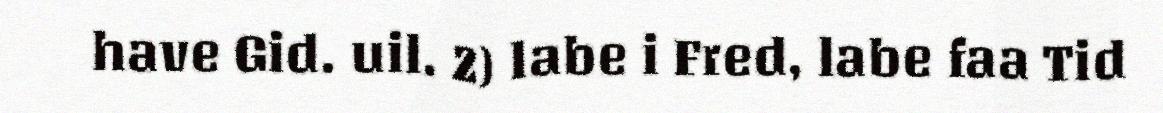
have Gid. uil. 2) labe i Fred, labe faa Tid